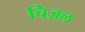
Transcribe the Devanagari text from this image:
चिज़ल